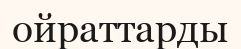
ойраттарды